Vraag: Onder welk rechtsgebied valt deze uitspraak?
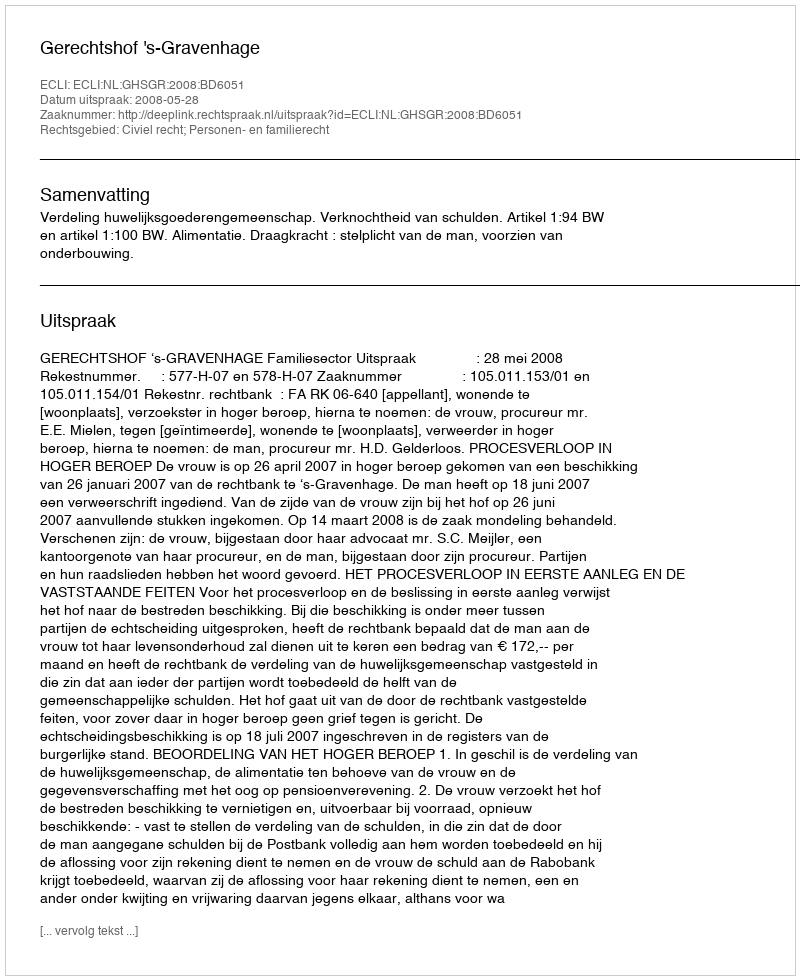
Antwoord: Civiel recht; Personen- en familierecht